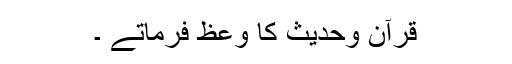
قرآن وحدیث کا وعظ فرماتے ۔